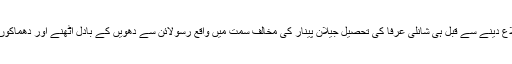
واضح رہے کہ صدر ایردوان کے اس کاروائی کی اطلاع دینے سے قبل ہی شانلی عرفا کی تحصیل جیلان پینار کی مخالف سمت میں واقع رسولائن سے دھویں کے بادل اٹھنے اور دھماکوں کی آوازیں سنائی دینے کی خبریں موصول ہوئی تھیں۔